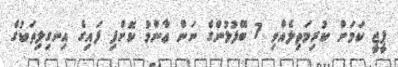
ޕީޖީ ކަމަށް ކުރިމަތިލެއްވި 7 ބޭފުޅުންގެ ނަން ޢާންމު ކޮށްފި ފައިގެ އިނގިލިތަކުގެ